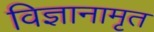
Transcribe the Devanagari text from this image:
विज्ञानामृत